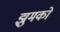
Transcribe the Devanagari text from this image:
झुमकों